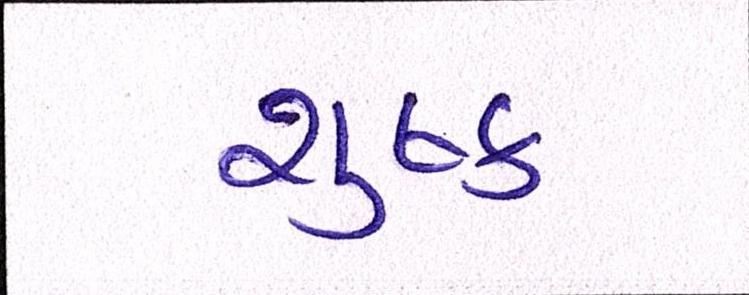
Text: શુષ્ક